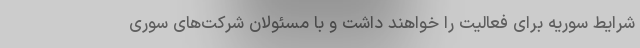
شرایط سوریه برای فعالیت را خواهند داشت و با مسئولان شرکت‌های سوری